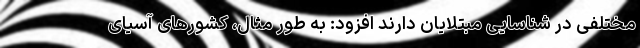
مختلفی در شناسایی مبتلایان دارند افزود: به طور مثال، کشورهای آسیای